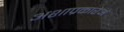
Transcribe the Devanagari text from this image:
अशाप्रकारेअं